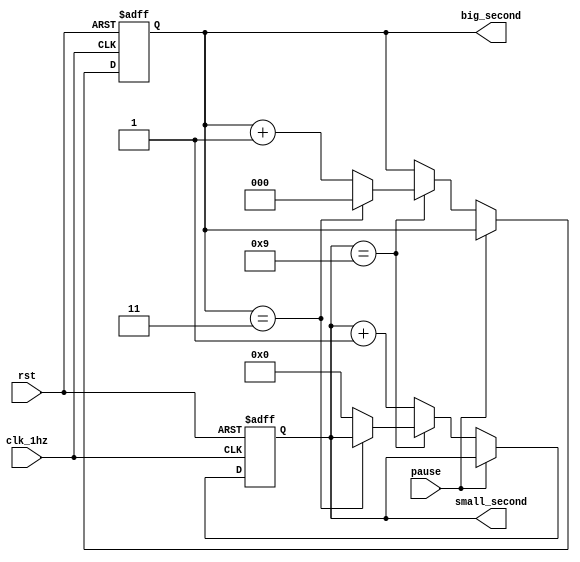
`timescale 1ns / 1ps
//////////////////////////////////////////////////////////////////////////////////
// Company: 
// Engineer: 
// 
// Design Name: 
// Module Name: stopwatch
// Project Name: 
// Target Devices: 
// Tool Versions: 
// Description: 
// 
// Dependencies: 
// 
// Revision:
// Revision 0.01 - File Created
// Additional Comments:
// 
//////////////////////////////////////////////////////////////////////////////////


module stopwatch(
input rst,
	input clk_1hz,
	input  pause,
	output reg [3:0]small_second,
	output reg [2:0]big_second
    );
    //count accordingly for big and small seconds and minutes when not paused
	always@ (posedge clk_1hz or posedge rst) begin 
		if(rst == 1) begin
			small_second= 4'b0000;
			big_second =3'b000;
		end 
		else if(pause == 0) begin
			if(small_second==4'b1001)begin 
				if(big_second == 3) begin
					big_second = 3'b000;	
				end
				else begin
					big_second = big_second + 1;
					small_second = 4'b0000;
				end
			end
			else
				small_second = small_second + 1;
		end
	end
endmodule